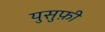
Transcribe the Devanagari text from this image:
युसुफ़ी